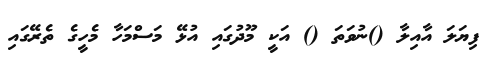
ފިޔަލަ އާއިލާ ()ނުވަތަ () އަކީ މޫދުގައި އުޅޭ މަސްމަހާ މެހީގެ ތެރޭގައި